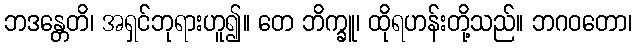
ဘဒန္တေတိ၊ အရှင်ဘုရားဟူ၍။ တေ ဘိက္ခူ၊ ထိုရဟန်းတို့သည်။ ဘဂဝတော၊